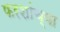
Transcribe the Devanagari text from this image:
फरशांच्या